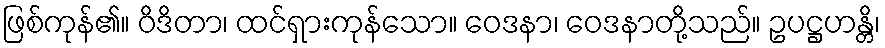
ဖြစ်ကုန်၏။ ဝိဒိတာ၊ ထင်ရှားကုန်သော။ ဝေဒနာ၊ ဝေဒနာတို့သည်။ ဥပဋ္ဌဟန္တိ၊